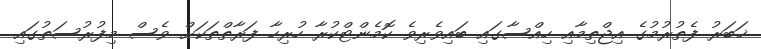
ޚަބަރު ފެތުރުމުގެ އިޖްތިމާއި ހިއްސާގައި ބައިވެރިވެ ކޮމެންޓްކުރާ ހުރިހާ ފަރާތްތަކަށް ވެސް މިފުރުސަތުގައި